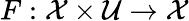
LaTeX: F:\mathcal{X}\times\mathcal{U}\rightarrow\mathcal{X}